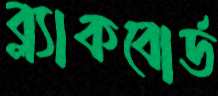
ব্ল্যাকবোর্ড